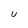
Character: u